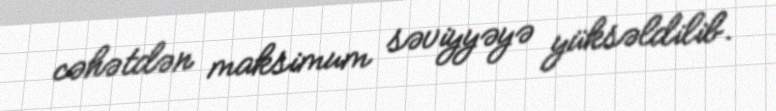
cəhətdən maksimum səviyyəyə yüksəldilib.